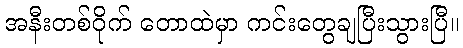
အနီးတစ်ဝိုက် တောထဲမှာ ကင်းတွေချပြီးသွားပြီ။